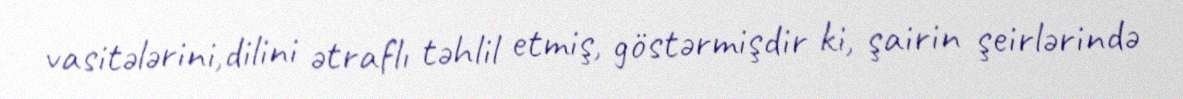
vasitələrini,dilini ətraflı təhlil etmiş, göstərmişdir ki, şairin şeirlərində